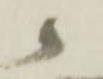
候